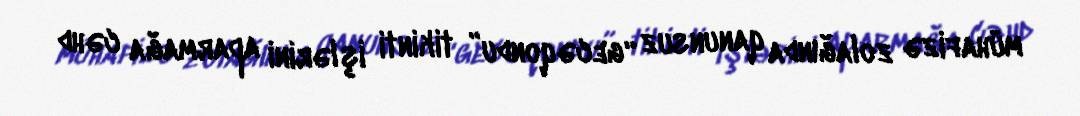
mühafizə zolağında qanunsuz “gecəqondu” tikinti işlərini aparmağa cəhd